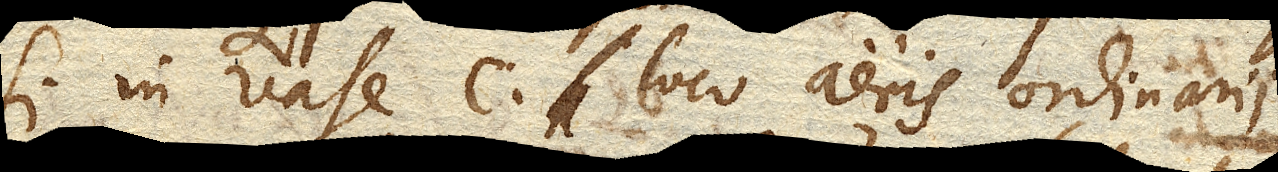
si in vase c. loco aeris ordinarii